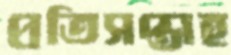
প্রতিসপ্তাহ